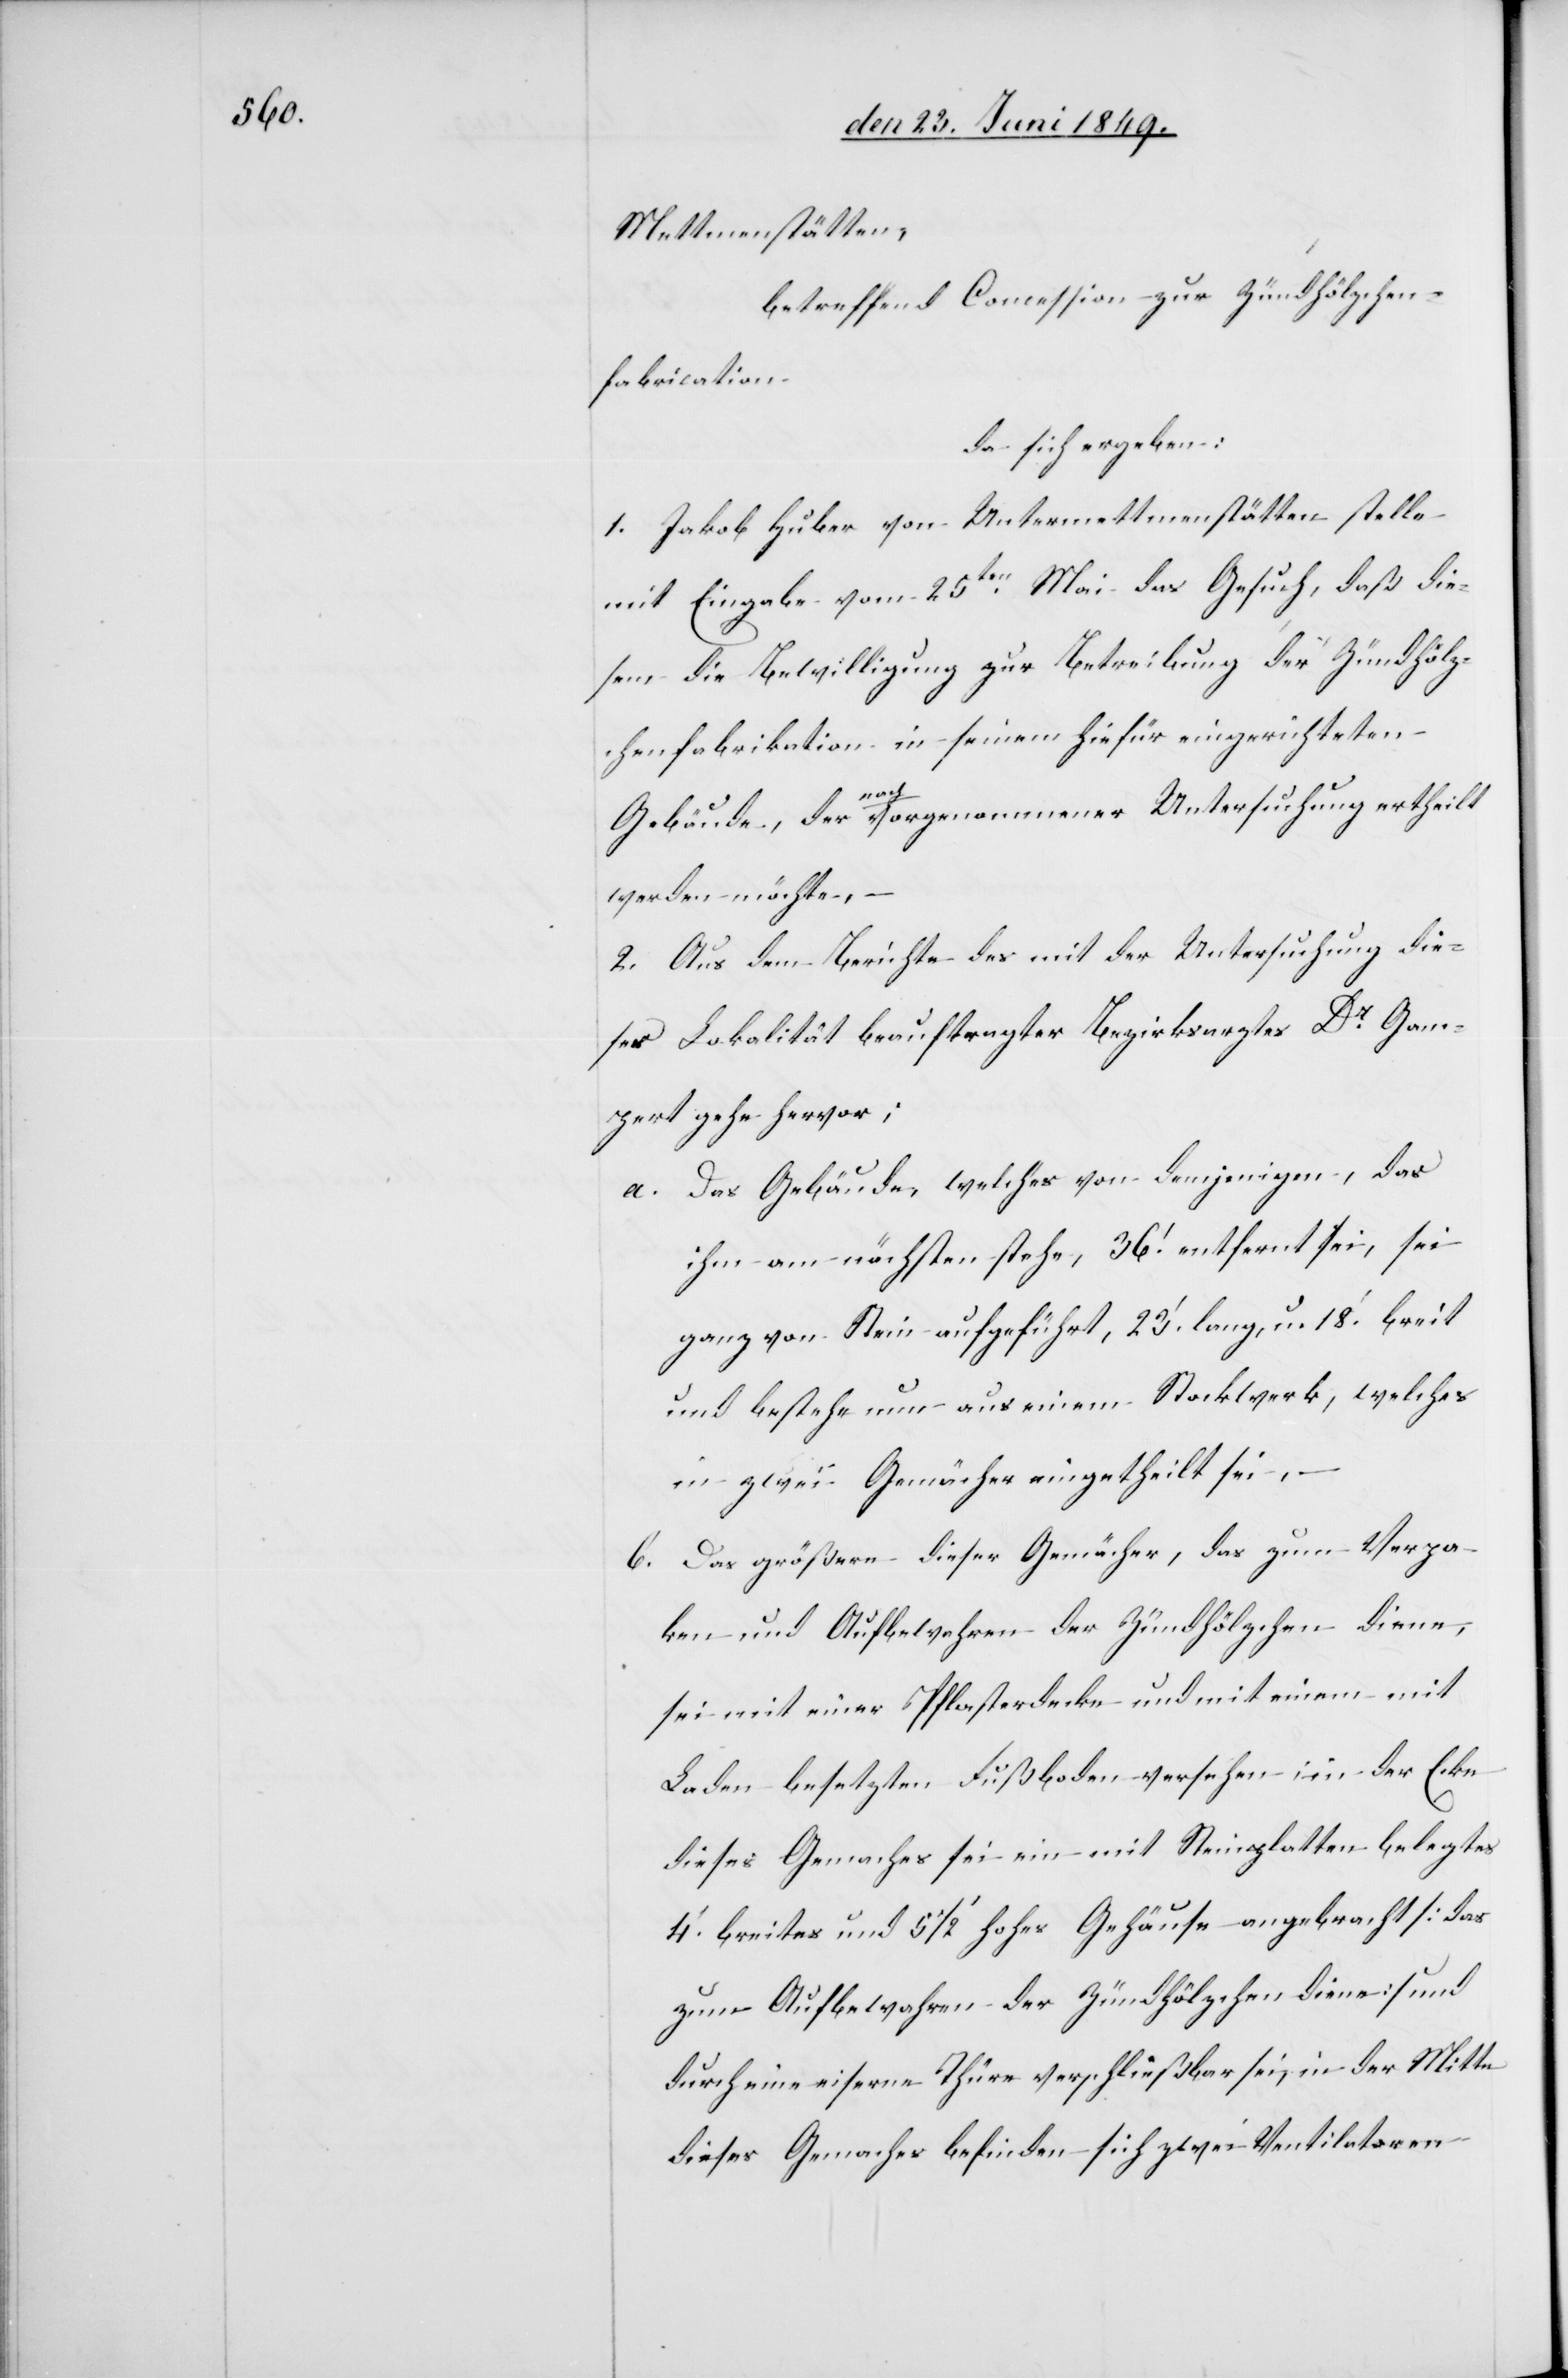
Mettmenstätten,
betreffend Concession zur Zündhölzchen¬
fabrication.
da sich ergeben:
1. Jakob Huber von Untermettmenstätten stelle
mit Eingabe vom 25ten Mai das Gesuch, daß die¬
sem die Bewilligung zur Betreibung der Zündhölz¬
chenfabrication in seinem hiefür eingerichteten
Gebäude, der nach vorgenommener Untersuchung ertheilt
werden möchte, –
2. Aus dem Berichte des mit der Untersuchung die¬
ser Lokalität beauftragter [sic!] Bezirksarztes Dr Gam¬
pert gehe hervor;
a. Das Gebäude, welches von demjenigen, das
ihm am nächsten stehe, 36‘ entfernt sei, sei
ganz von Stein aufgeführt, 23‘ lang, u. 18‘. breit
und bestehe nun aus einem Stockwerk, welches
in zwei Gemächer eingetheilt sei, –
b. Das größere dieser Gemächer, das zum Verpa¬
ken und Aufbewahren der Zündhölzchen diene,
sei mit einer Pflasterdecke und mit einem mit
Laden besetzten Fußboden versehen; in der Ecke
dieses Gemaches sei ein mit Steinplatten belegtes
4‘ breites und 5 1/2‘ hohes Gehäuse angebracht [das
zum Aufbewahren der Zündhölzchen diene] und
durch eine eiserne Thüre verschließbar sei, in der Mitte
dieses Gemaches befinden sich zwei Ventilatoren